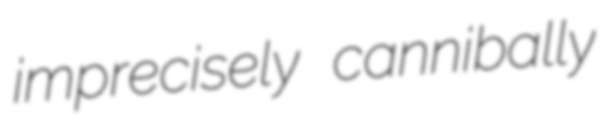
imprecisely cannibally